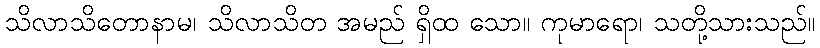
သိလာသိတောနာမ၊ သိလာသိတ အမည် ရှိထ သော။ ကုမာရော၊ သတို့သားသည်။